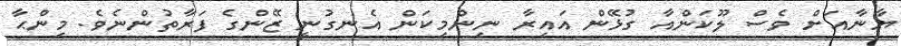
ޔާނާއަށް ވެސް ލޫކަންއާ ގުޅޭން އައިރާ ނިންމިކަން އެނގުނީ ޒޭންގެ ފަރާތުންނެވެ. މިންޙާ